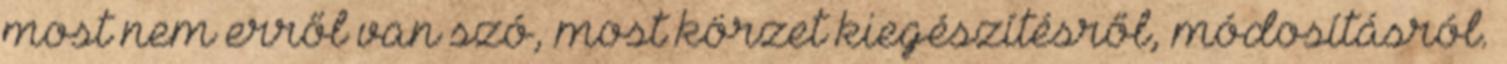
most nem erről van szó, most körzet kiegészítésről, módosításról.